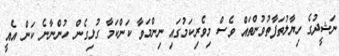
ނަޝީދުގެ ހިޔާލުތަފާތުވުންތައް ވެސް މިވެރިކަމުގައި ނިންމަވާ ކަންކަމާ ގުޅިގެން ހުންނާނެ ކަން އެއީ